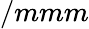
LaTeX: /mmm